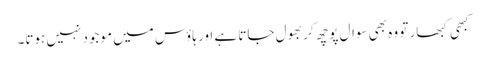
کبھی کبھار تو وہ بھی سوال پوچھ کر بھول جاتا ہے اور ہاؤس میں موجود نہیں ہوتا۔